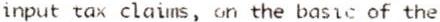
INPUT TAX CLAIMS, ON THE BASIC OF THE